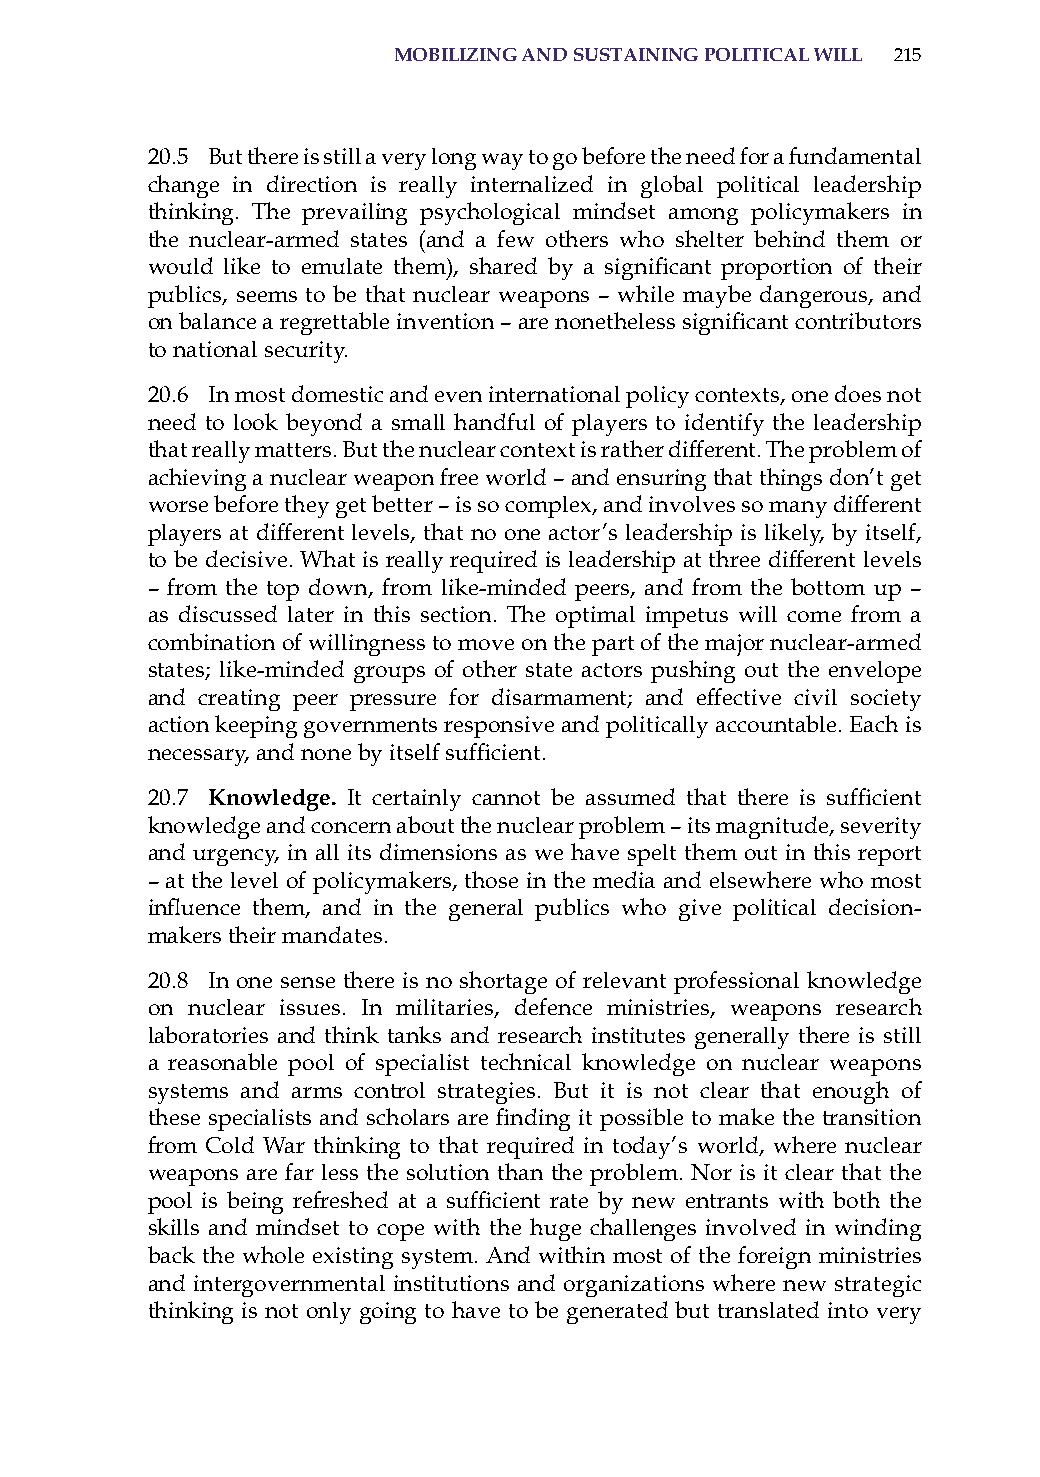
moBilizinG and sustaininG Political will 215
 20.5 But there is still a very long way to go before the need for a fundamental
 change in direction is really internalized in global political leadership
 thinking. The prevailing psychological mindset among policymakers in
 the nuclear-armed states (and a few others who shelter behind them or
 would like to emulate them), shared by a significant proportion of their
 publics, seems to be that nuclear weapons – while maybe dangerous, and
 on balance a regrettable invention – are nonetheless significant contributors
 to national security.
 20.6 in most domestic and even international policy contexts, one does not
 need to look beyond a small handful of players to identify the leadership
 that really matters. But the nuclear context is rather different. The problem of
 achieving a nuclear weapon free world – and ensuring that things don’t get
 worse before they get better – is so complex, and involves so many different
 players at different levels, that no one actor’s leadership is likely, by itself,
 to be decisive. What is really required is leadership at three different levels
 – from the top down, from like-minded peers, and from the bottom up –
 as discussed later in this section. The optimal impetus will come from a
 combination of willingness to move on the part of the major nuclear-armed
 states; like-minded groups of other state actors pushing out the envelope
 and creating peer pressure for disarmament; and effective civil society
 action keeping governments responsive and politically accountable. Each is
 necessary, and none by itself sufficient.
 20.7 knowledge. It certainly cannot be assumed that there is sufficient
 knowledge and concern about the nuclear problem – its magnitude, severity
 and urgency, in all its dimensions as we have spelt them out in this report
 – at the level of policymakers, those in the media and elsewhere who most
 influence them, and in the general publics who give political decision-
 makers their mandates.
 20.8 in one sense there is no shortage of relevant professional knowledge
 on nuclear issues. in militaries, defence ministries, weapons research
 laboratories and think tanks and research institutes generally there is still
 a reasonable pool of specialist technical knowledge on nuclear weapons
 systems and arms control strategies. But it is not clear that enough of
 these specialists and scholars are finding it possible to make the transition
 from Cold War thinking to that required in today’s world, where nuclear
 weapons are far less the solution than the problem. Nor is it clear that the
 pool is being refreshed at a sufficient rate by new entrants with both the
 skills and mindset to cope with the huge challenges involved in winding
 back the whole existing system. and within most of the foreign ministries
 and intergovernmental institutions and organizations where new strategic
 thinking is not only going to have to be generated but translated into very